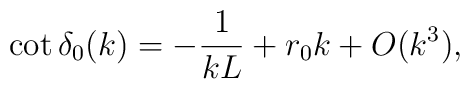
\cot\delta_0(k) = -\frac{1}{kL} +r_0k + O(k^3),